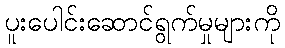
ပူးပေါင်းဆောင်ရွက်မှုများကို